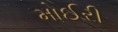
મોઈરી